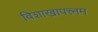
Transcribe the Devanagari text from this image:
विशाखापत्त्नम